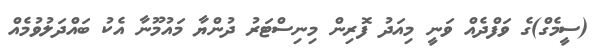
(ސީމެގް)ގެ ވަފްދެއް ވަނީ މިއަދު ފޮރިން މިނިސްޓަރު ދުންޔާ މައުމޫނާ އެކު ބައްދަލުވުމެއް